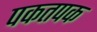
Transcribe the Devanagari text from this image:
पकतपक